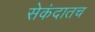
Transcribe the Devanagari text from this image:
सेकंदातच